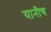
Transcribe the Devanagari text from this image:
यानीच